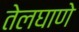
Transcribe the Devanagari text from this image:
तेलघाणे